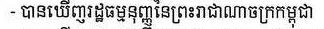
- បានឃើញរដ្ឋធម្មនុញ្ញនៃព្រះរាជាណាចក្រកម្ពុជា